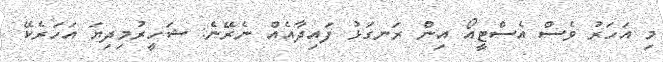
މި އަހަރު ވެސް އެސްޓީއޯ އިން ރަނގަޅު ފައިދާއެއް ނެރޭނެ: ޝަހީރުމިދިޔަ އަހަރެކޭ